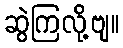
ဆွဲကြလို့ဗျ။